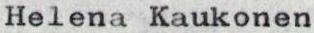
Helena Kaukonen